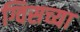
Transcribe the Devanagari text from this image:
ग्विसच्या